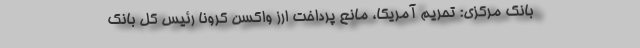
بانک مرکزی: تحریم آمریکا، مانع پرداخت ارز واکسن کرونا رئیس کل بانک